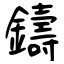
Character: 鑄